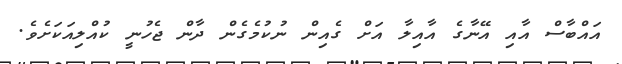
އައްބާސް އާއި އޭނާގެ އާއިލާ އަށް ގެއިން ނުކުމެގެން ދާން ޖެހުނީ ކުއްލިއަކަށެވެ.